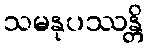
သမနုပဿန္တိ